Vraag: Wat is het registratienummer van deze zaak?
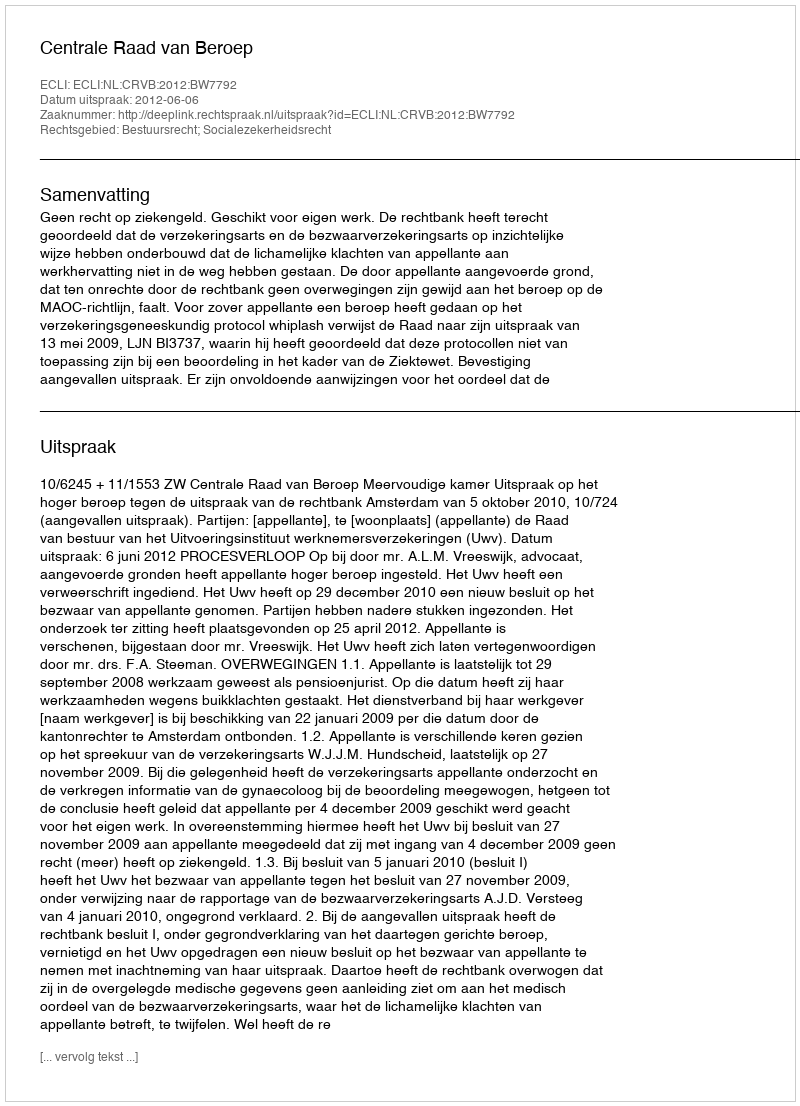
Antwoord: http://deeplink.rechtspraak.nl/uitspraak?id=ECLI:NL:CRVB:2012:BW7792